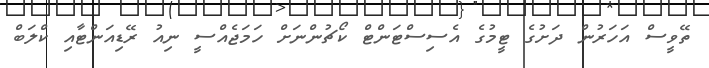
ތޭވީސް އަހަރުން ދަށުގެ ޓީމުގެ އެސިސްޓަންޓް ކޯޗުންނަށް ހަމަޖެއްސީ ނިއު ރޭޑިއަންޓާއި ކްލަބް